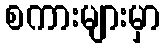
စကားများမှာ